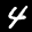
Label: 4